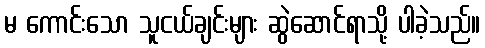
မ ကောင်းသော သူငယ်ချင်းများ ဆွဲဆောင်ရာသို့ ပါခဲ့သည်။